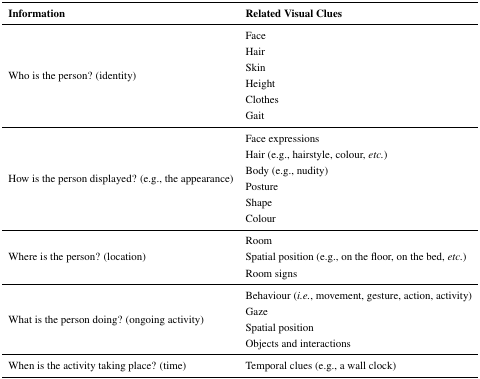
<table><thead><tr><td><b>Information</b></td><td><b>Related Visual Clues</b></td></tr></thead><tbody><tr><td rowspan="6">Who is the person? (identity)</td><td>Face</td></tr><tr><td>Hair</td></tr><tr><td>Skin</td></tr><tr><td>Height</td></tr><tr><td>Clothes</td></tr><tr><td>Gait</td></tr><tr><td rowspan="6">How is the person displayed? (e.g., the appearance)</td><td>Face expressions</td></tr><tr><td>Hair (e.g., hairstyle, colour, <i>etc.</i>)</td></tr><tr><td>Body (e.g., nudity)</td></tr><tr><td>Posture</td></tr><tr><td>Shape</td></tr><tr><td>Colour</td></tr><tr><td rowspan="3">Where is the person? (location)</td><td>Room</td></tr><tr><td>Spatial position (e.g., on the floor, on the bed, <i>etc.</i>)</td></tr><tr><td>Room signs</td></tr><tr><td rowspan="4">What is the person doing? (ongoing activity)</td><td>Behaviour (<i>i.e.</i>, movement, gesture, action, activity)</td></tr><tr><td>Gaze</td></tr><tr><td>Spatial position</td></tr><tr><td>Objects and interactions</td></tr><tr><td>When is the activity taking place? (time)</td><td>Temporal clues (e.g., a wall clock)</td></tr></tbody></table>